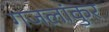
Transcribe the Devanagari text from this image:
गजलांकुर